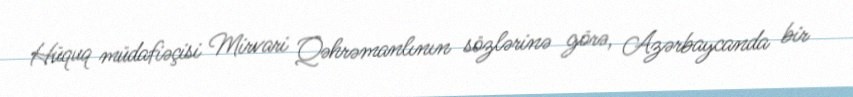
Hüquq müdafiəçisi Mirvari Qəhrəmanlının sözlərinə görə, Azərbaycanda bir